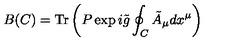
B ( C ) = \mathrm { T r } \left( P \exp i \tilde { g } \oint _ { C } \tilde { A } _ { \mu } d x ^ { \mu } \right)